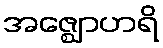
အဇ္ဈောဟရိ